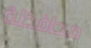
محافظة